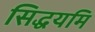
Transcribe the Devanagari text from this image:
सिद्धयमि